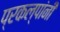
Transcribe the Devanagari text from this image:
प्रकल्पांनी